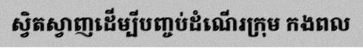
ស្វិតស្វាញដើម្បីបញ្ចប់ដំណើរក្រុម កងពល